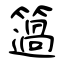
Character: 簻